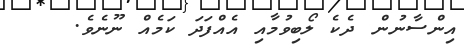
އިންސާނުން ދެކެ ލޯބިވުމާއި އެއްފަދަ ކަމެއް ނޫނެވެ.